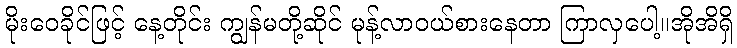
မိုးဝေခိုင်ဖြင့် နေ့တိုင်း ကျွန်မတို့ဆိုင် မုန့်လာဝယ်စားနေတာ ကြာလှပေါ့။အိုအိရှိ